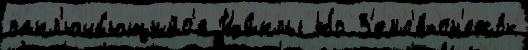
закл'юча́ющийс'я Ци́клы Но З'емл'я́-сн'ежо́к